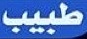
طبيب